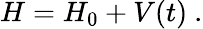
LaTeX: H=H_{0}+V(t)~.